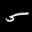
Label: 5